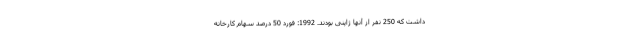
داشت که 250 نفر از آنها ژاپنی بودند. 1992: فورد 50 درصد سهام کارخانه